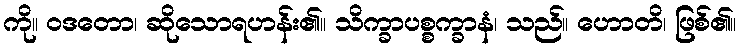
ကို။ ဝဒတော၊ ဆိုသောရဟန်း၏။ သိက္ခာပစ္စက္ခာနံ၊ သည်။ ဟောတိ၊ ဖြစ်၏။